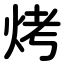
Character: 烤